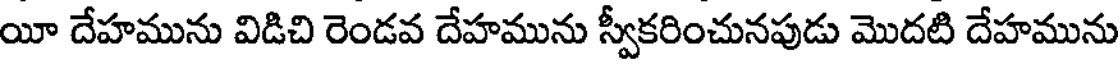
యీ దేహమును విడిచి రెండవ దేహమును స్వీకరించునపుడు మొదటి దేహమును